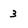
Character: 3